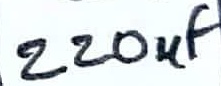
Text: 220µF